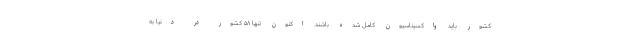
کشور باید واکسیناسیون کامل شده باشند. اکنون تنها ۵۸ کشور در دنیا به